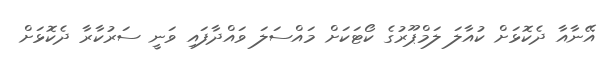
އޭނާއާ ދެކޮޅަށް ކުއާލަ ލަމްޕޫރުގެ ކޯޓަކަށް މައްސަލަ ވައްދާފައި ވަނީ ސަރުކާރާ ދެކޮޅަށް